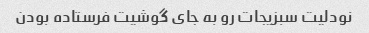
نودلیت سبزیجات رو به جای گوشیت فرستاده بودن